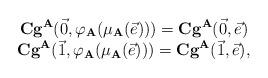
LaTeX: \begin{align*}\begin{array}{ccc}\mathbf{Cg}^{\mathbf{A}}(\vec{0},\varphi_{\mathbf{A}}(\mu_{\mathbf{A}}(\vec{e})))=\mathbf{Cg}^{\mathbf{A}}(\vec{0},\vec{e}) \\ \mathbf{Cg}^{\mathbf{A}}(\vec{1},\varphi_{\mathbf{A}}(\mu_{\mathbf{A}}(\vec{e})))=\mathbf{Cg}^{\mathbf{A}}(\vec{1},\vec{e}),\end{array}\end{align*}